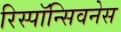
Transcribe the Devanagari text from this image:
रिस्पॉन्सिवनेस